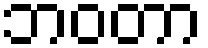
ဘဝတာ